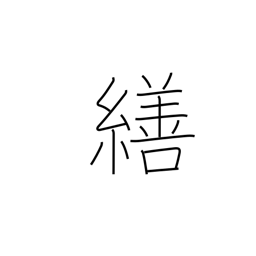
Meaning: adjust